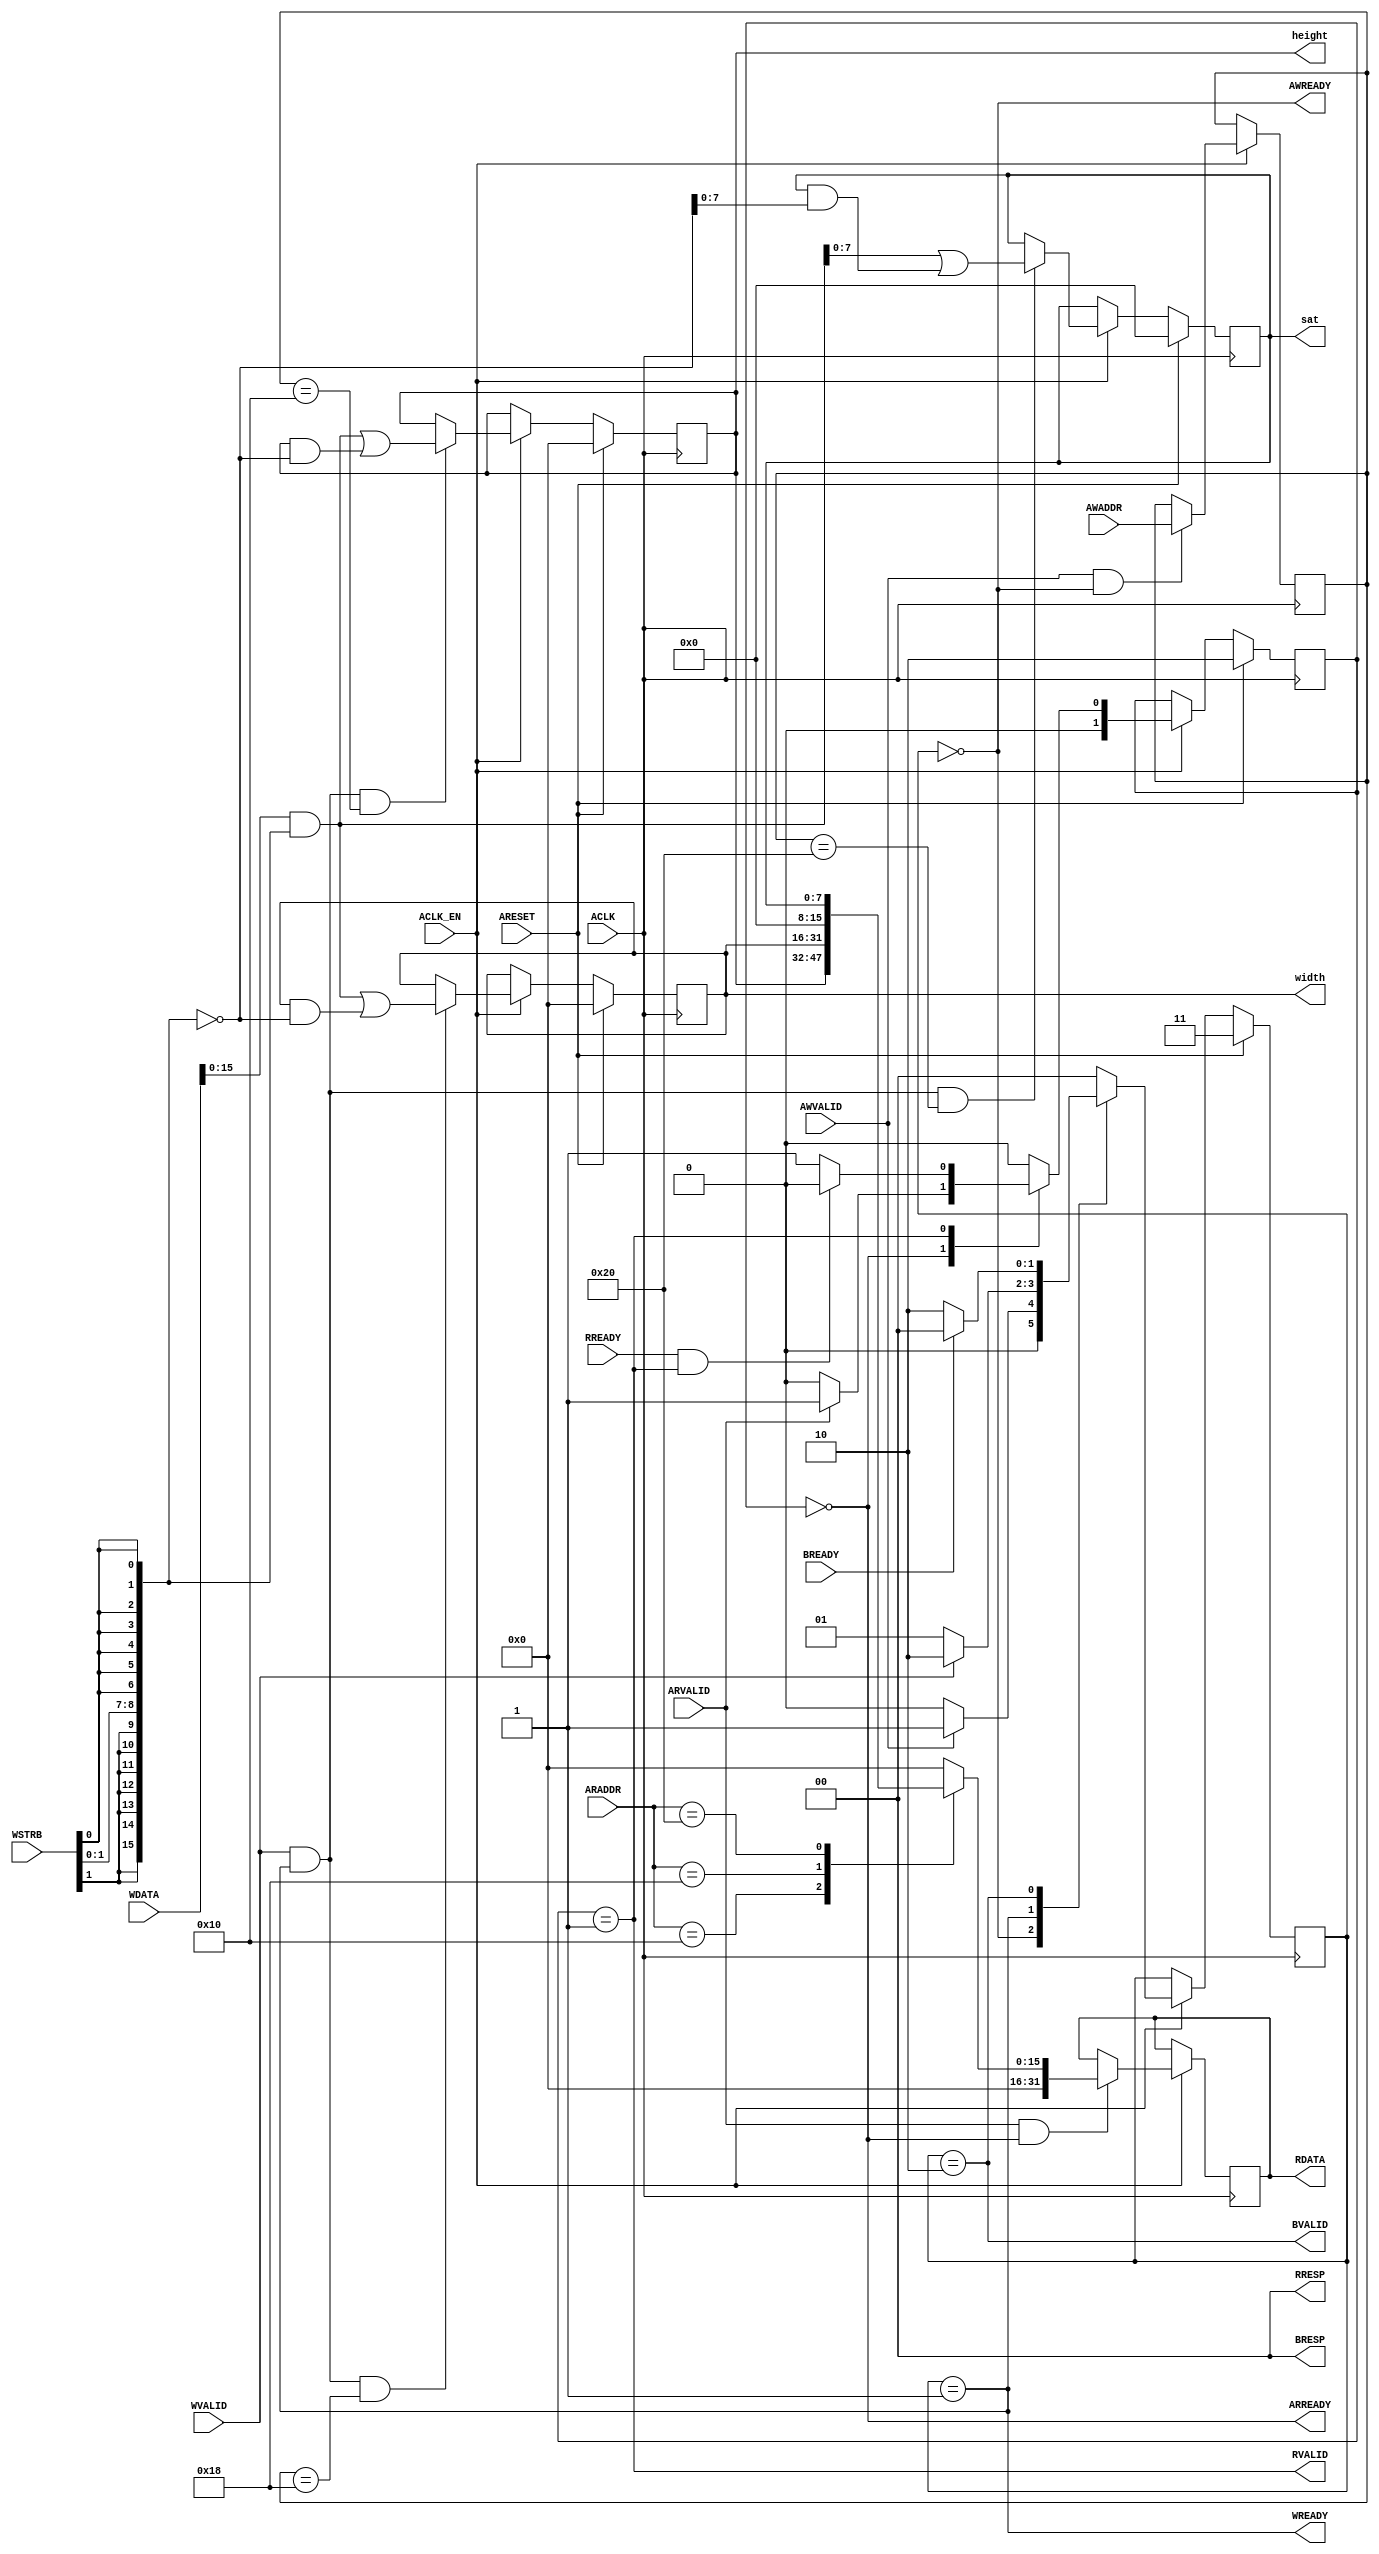
module hls_saturation_enhance_AXILiteS_s_axi
#(parameter
    C_S_AXI_ADDR_WIDTH = 6,
    C_S_AXI_DATA_WIDTH = 32
)(
    input  wire                          ACLK,
    input  wire                          ARESET,
    input  wire                          ACLK_EN,
    input  wire [C_S_AXI_ADDR_WIDTH-1:0] AWADDR,
    input  wire                          AWVALID,
    output wire                          AWREADY,
    input  wire [C_S_AXI_DATA_WIDTH-1:0] WDATA,
    input  wire [C_S_AXI_DATA_WIDTH/8-1:0] WSTRB,
    input  wire                          WVALID,
    output wire                          WREADY,
    output wire [1:0]                    BRESP,
    output wire                          BVALID,
    input  wire                          BREADY,
    input  wire [C_S_AXI_ADDR_WIDTH-1:0] ARADDR,
    input  wire                          ARVALID,
    output wire                          ARREADY,
    output wire [C_S_AXI_DATA_WIDTH-1:0] RDATA,
    output wire [1:0]                    RRESP,
    output wire                          RVALID,
    input  wire                          RREADY,
    output wire [15:0]                   height,
    output wire [15:0]                   width,
    output wire [7:0]                    sat
);
localparam
    ADDR_HEIGHT_DATA_0 = 6'h10,
    ADDR_HEIGHT_CTRL   = 6'h14,
    ADDR_WIDTH_DATA_0  = 6'h18,
    ADDR_WIDTH_CTRL    = 6'h1c,
    ADDR_SAT_DATA_0    = 6'h20,
    ADDR_SAT_CTRL      = 6'h24,
    WRIDLE             = 2'd0,
    WRDATA             = 2'd1,
    WRRESP             = 2'd2,
    WRRESET            = 2'd3,
    RDIDLE             = 2'd0,
    RDDATA             = 2'd1,
    RDRESET            = 2'd2,
    ADDR_BITS         = 6;
    reg  [1:0]                    wstate = WRRESET;
    reg  [1:0]                    wnext;
    reg  [ADDR_BITS-1:0]          waddr;
    wire [31:0]                   wmask;
    wire                          aw_hs;
    wire                          w_hs;
    reg  [1:0]                    rstate = RDRESET;
    reg  [1:0]                    rnext;
    reg  [31:0]                   rdata;
    wire                          ar_hs;
    wire [ADDR_BITS-1:0]          raddr;
    reg  [15:0]                   int_height = 'b0;
    reg  [15:0]                   int_width = 'b0;
    reg  [7:0]                    int_sat = 'b0;
assign AWREADY = (wstate == WRIDLE);
assign WREADY  = (wstate == WRDATA);
assign BRESP   = 2'b00;  
assign BVALID  = (wstate == WRRESP);
assign wmask   = { {8{WSTRB[3]}}, {8{WSTRB[2]}}, {8{WSTRB[1]}}, {8{WSTRB[0]}} };
assign aw_hs   = AWVALID & AWREADY;
assign w_hs    = WVALID & WREADY;
always @(posedge ACLK) begin
    if (ARESET)
        wstate <= WRRESET;
    else if (ACLK_EN)
        wstate <= wnext;
end
always @(*) begin
    case (wstate)
        WRIDLE:
            if (AWVALID)
                wnext = WRDATA;
            else
                wnext = WRIDLE;
        WRDATA:
            if (WVALID)
                wnext = WRRESP;
            else
                wnext = WRDATA;
        WRRESP:
            if (BREADY)
                wnext = WRIDLE;
            else
                wnext = WRRESP;
        default:
            wnext = WRIDLE;
    endcase
end
always @(posedge ACLK) begin
    if (ACLK_EN) begin
        if (aw_hs)
            waddr <= AWADDR[ADDR_BITS-1:0];
    end
end
assign ARREADY = (rstate == RDIDLE);
assign RDATA   = rdata;
assign RRESP   = 2'b00;  
assign RVALID  = (rstate == RDDATA);
assign ar_hs   = ARVALID & ARREADY;
assign raddr   = ARADDR[ADDR_BITS-1:0];
always @(posedge ACLK) begin
    if (ARESET)
        rstate <= RDRESET;
    else if (ACLK_EN)
        rstate <= rnext;
end
always @(*) begin
    case (rstate)
        RDIDLE:
            if (ARVALID)
                rnext = RDDATA;
            else
                rnext = RDIDLE;
        RDDATA:
            if (RREADY & RVALID)
                rnext = RDIDLE;
            else
                rnext = RDDATA;
        default:
            rnext = RDIDLE;
    endcase
end
always @(posedge ACLK) begin
    if (ACLK_EN) begin
        if (ar_hs) begin
            rdata <= 1'b0;
            case (raddr)
                ADDR_HEIGHT_DATA_0: begin
                    rdata <= int_height[15:0];
                end
                ADDR_WIDTH_DATA_0: begin
                    rdata <= int_width[15:0];
                end
                ADDR_SAT_DATA_0: begin
                    rdata <= int_sat[7:0];
                end
            endcase
        end
    end
end
assign height = int_height;
assign width  = int_width;
assign sat    = int_sat;
always @(posedge ACLK) begin
    if (ARESET)
        int_height[15:0] <= 0;
    else if (ACLK_EN) begin
        if (w_hs && waddr == ADDR_HEIGHT_DATA_0)
            int_height[15:0] <= (WDATA[31:0] & wmask) | (int_height[15:0] & ~wmask);
    end
end
always @(posedge ACLK) begin
    if (ARESET)
        int_width[15:0] <= 0;
    else if (ACLK_EN) begin
        if (w_hs && waddr == ADDR_WIDTH_DATA_0)
            int_width[15:0] <= (WDATA[31:0] & wmask) | (int_width[15:0] & ~wmask);
    end
end
always @(posedge ACLK) begin
    if (ARESET)
        int_sat[7:0] <= 0;
    else if (ACLK_EN) begin
        if (w_hs && waddr == ADDR_SAT_DATA_0)
            int_sat[7:0] <= (WDATA[31:0] & wmask) | (int_sat[7:0] & ~wmask);
    end
end
endmodule